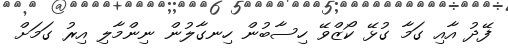
ފޭދު އާއި ގަމާ ގުޅޭ ކޯޒްވޭ ހިސާބުން ހިނގާލުން ނިންމާލި އިރު ގަމަށް